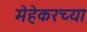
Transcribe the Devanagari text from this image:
मेहेकरच्या